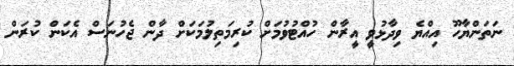
ނަތަންޔާހޫ އިއްޔެ ވިދާޅުވީ އީރާން ހުއްޓުވުމަށް ކުރިމަތިލުމަކަށް ދާން ޖެހުނަސް އެކަން ކުރަން